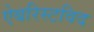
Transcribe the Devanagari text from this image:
ऐबरिस्टविद